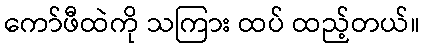
ကော်ဖီထဲကို သကြား ထပ် ထည့်တယ်။